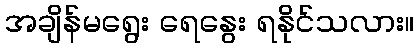
အချိန်မရွေး ရေနွေး ရနိုင်သလား။